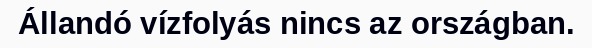
Állandó vízfolyás nincs az országban.